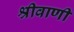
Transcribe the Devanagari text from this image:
श्रीवाणी